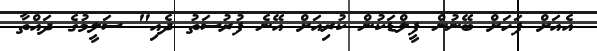
އެއަށް ފަހަށް ބޭނުން ފީލްޑަކުން ކުރިއަށް އޭނެ ފުރުސަތު ދެއި" ސަލީމުގެ ދައްތާ